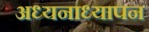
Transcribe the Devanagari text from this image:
अध्यनाध्यापन